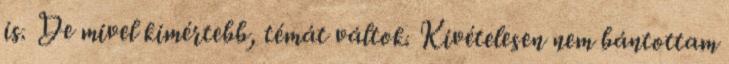
is. De mivel kimértebb, témát váltok. Kivételesen nem bántottam